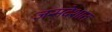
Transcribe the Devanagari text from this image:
जन्मदेशात